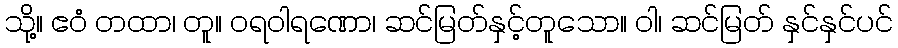
သို့။ ဧဝံ တထာ၊ တူ။ ဝရဝါရဏော၊ ဆင်မြတ်နှင့်တူသော။ ဝါ၊ ဆင်မြတ် နှင်နှင်ပင်